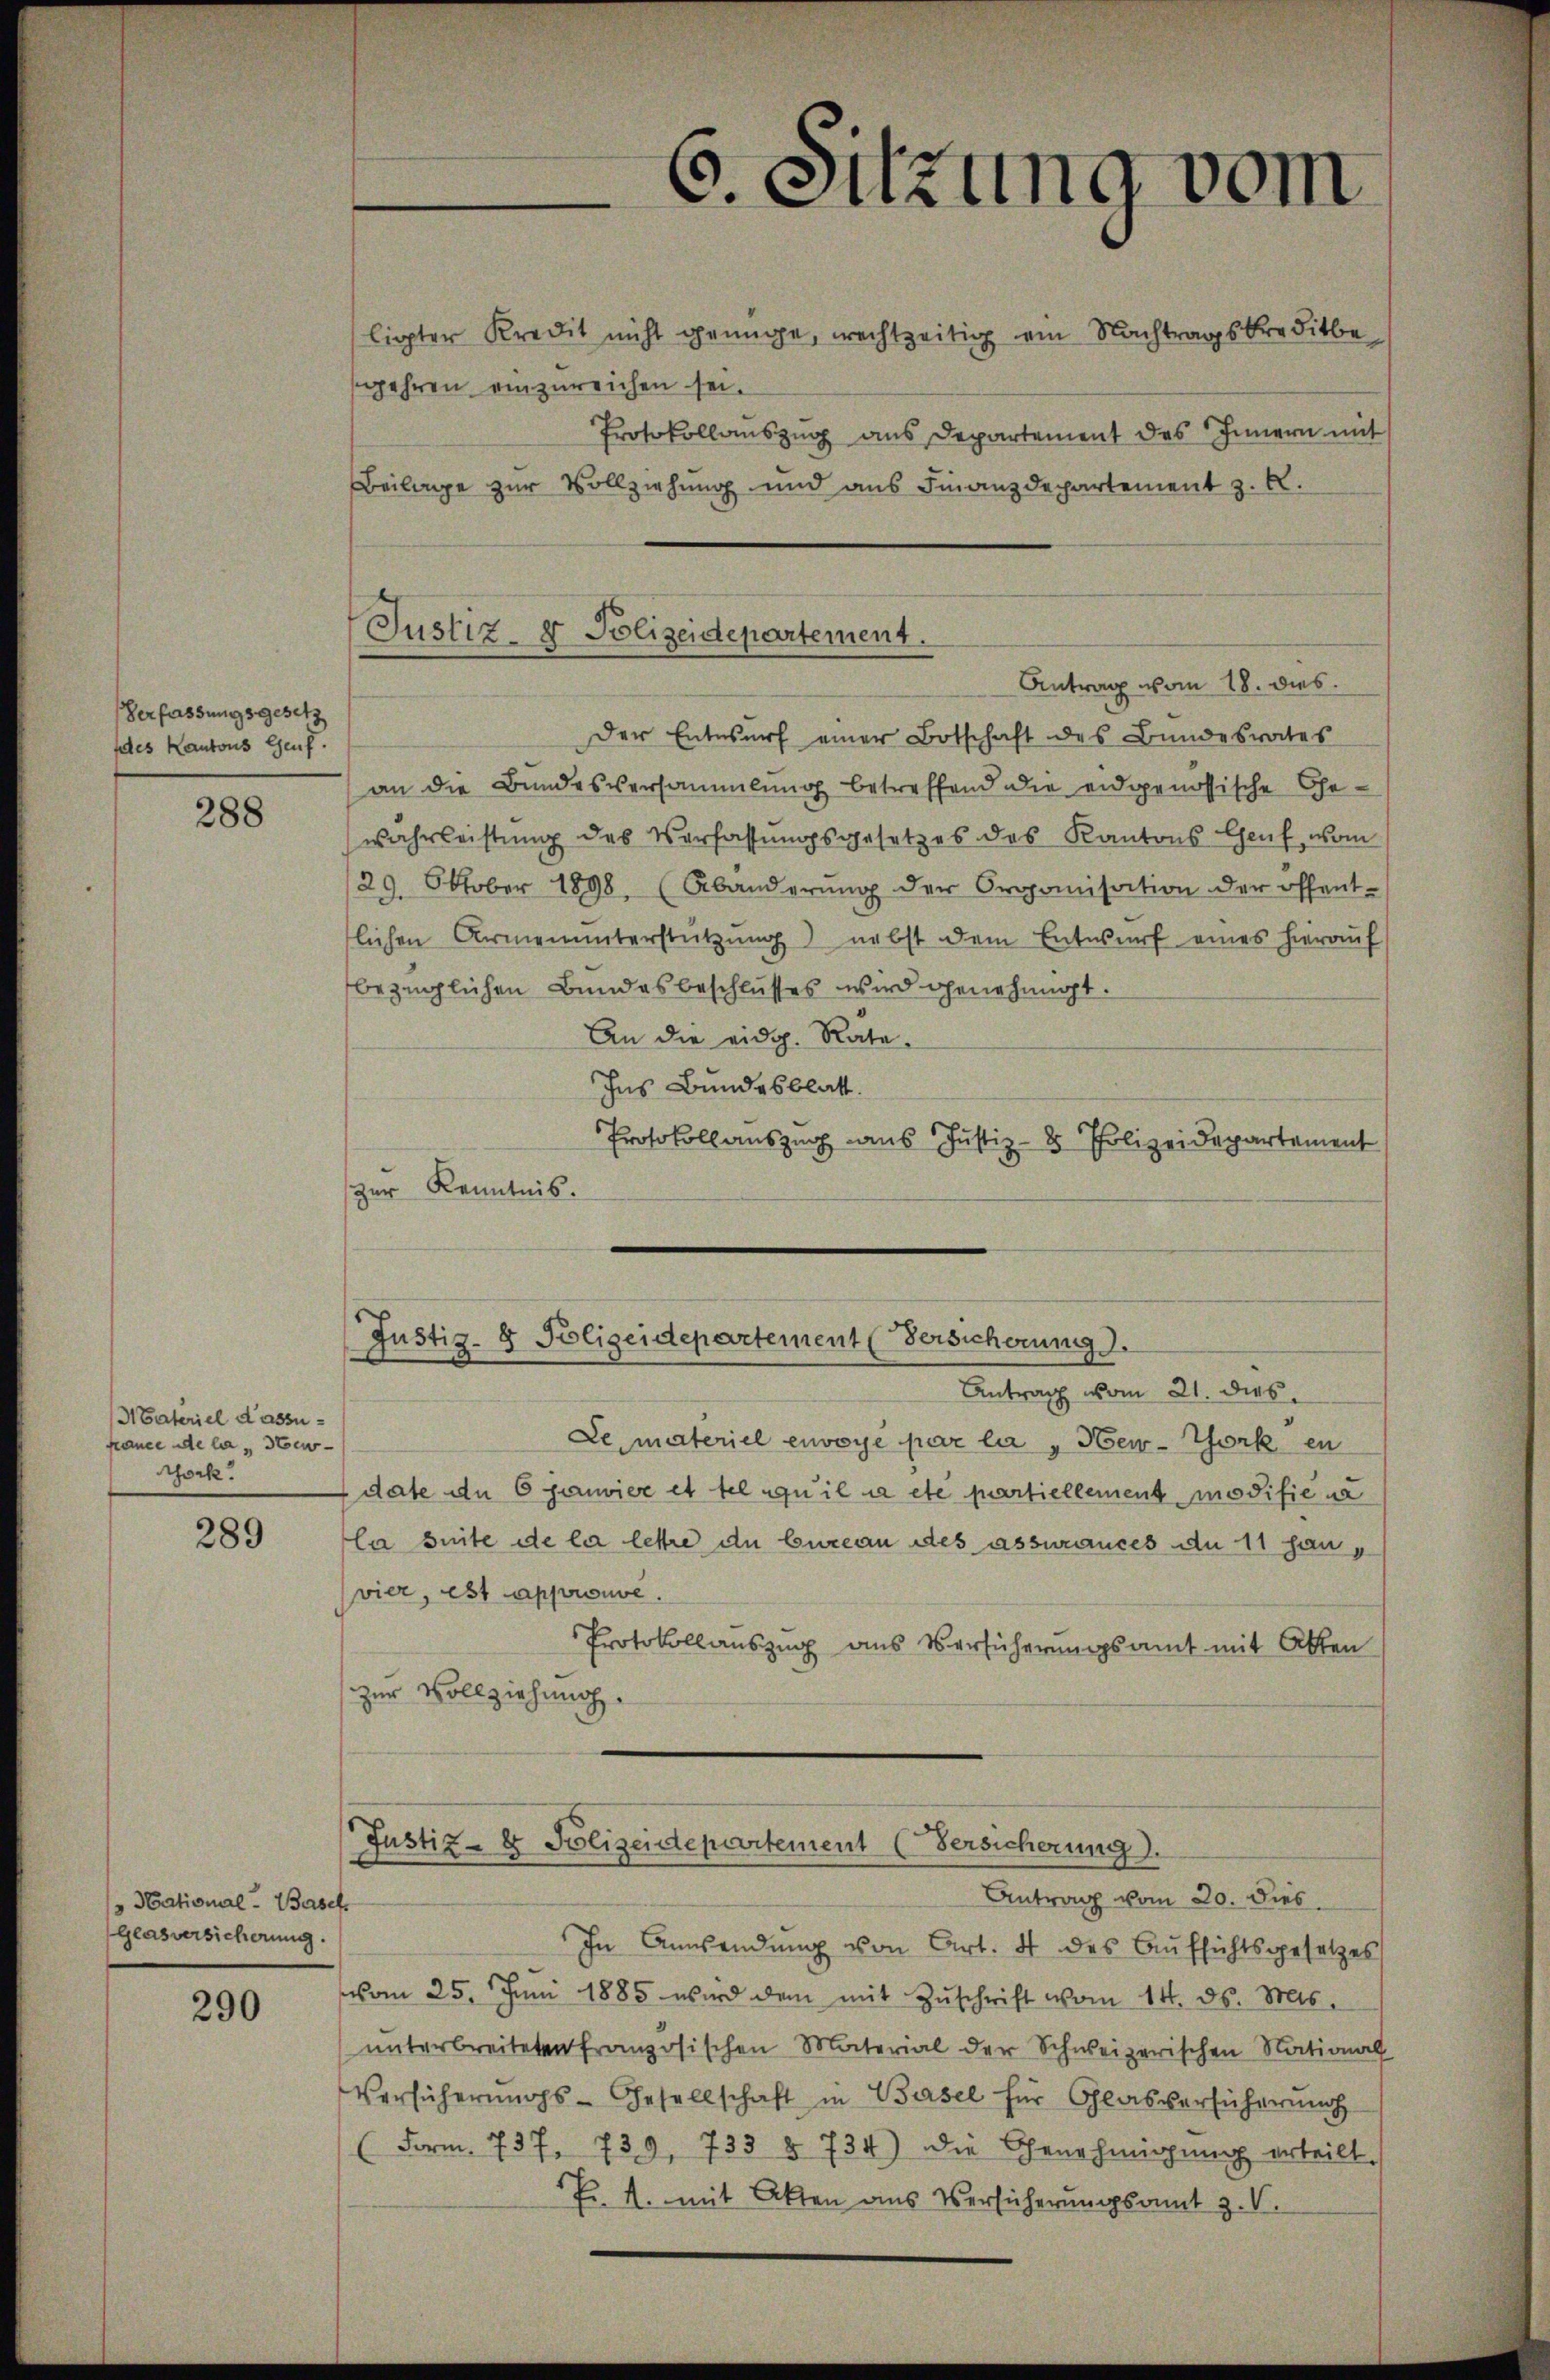
Verfassungsgesetz
des Kantons Genf.

288

Materiel d’assu
france de la Steu
chock.

289

National-Besch
Glasversicherung

290

Justiz- & Polizeidepartement.
Antrag vom 18. dies

ligter Kredit nicht genüge, rechtzeitig ein Nachtragskreditbe
segehren einzureichen sei.
Protokollauszug aus Departement des Innern mit
Beilage zur Vollziehung und aus Finanzdepartement z. B.
Der Entwurf einer Botschaft des Bundesrates
an die Bundesversammlung betreffend die eidgenössische Gewahrleistung des Verfassungsgesetzes des Kantons Genf, vom
29. Oktober 1898, (Abänderŭng der Organisation der öffent-
lichen Armenunterstützŭng nebst dem Entwŭrf eines hierauf
bezüglichen Bundesbeschlusses wird genehmigt.
An die eidg. Räte.
Ins Bundesblatt.
Protokollauszug aus Justiz- & Polizeidepartement
zur Kenntnis.

Justiz- & Polizeidepartement (Versicherung.
Antrag vom 21. dies

6. Sitzung vom

Justiz- & Polizeidepartement (Versicherung.
Antrag vom 20. Dies

Le materiel envoyé par la ,Hew-York en
date in 6 Janvier et tel qu’il a etc partiellement modifie na
la suite de la lettre du bureau des assurances du 11 hanvier, est approuve
Protokollauszug aus Versicherungsamt mit Atten
zur Vollziehung.

In Anwendung von Art. 4 des Aufsichtsgesetzes
vom 25. Juni 1885 wird dem mit Zŭschrift vom 14. ds. Mts.
unterbreiteten französischen Material der Schweizerischen National
Versücherŭngs-Gesellschaft in Basel für Glasversicherŭng
(Form. 737. 739. 733 § 734) die Genehmigŭng erteilt.
Pr. A. mit Akten aus Versicherungsamt z. V.